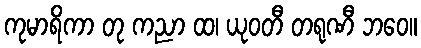
ကုမာရိကာ တု ကညာ ထ၊ ယုဝတီ တရုဏီ ဘဝေ။